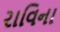
રાવિના